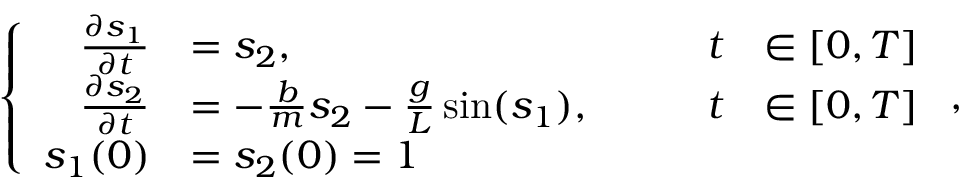
\left\{ \begin{array} { r l r l } { \frac { \partial s _ { 1 } } { \partial t } } & { = s _ { 2 } , \qquad } & { t } & { \in [ 0 , T ] } \\ { \frac { \partial s _ { 2 } } { \partial t } } & { = - \frac { b } { m } s _ { 2 } - \frac { g } { L } \sin ( s _ { 1 } ) , \qquad } & { t } & { \in [ 0 , T ] } \\ { s _ { 1 } ( 0 ) } & { = s _ { 2 } ( 0 ) = 1 } \end{array} \right. ,